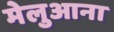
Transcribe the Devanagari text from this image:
मेलुआना